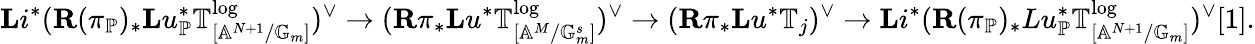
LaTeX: \mathbf{L}i^{*}(\mathbf{R}(\pi_{\mathbb{P}})_{*}\mathbf{L}u_{\mathbb{P}}^{*}\mathbb{T}_{[\mathbb{A}^{N+1}/\mathbb{G}_{m}]}^{\log})^{\vee}\rightarrow(\mathbf{R}\pi_{*}\mathbf{L}u^{*}\mathbb{T}_{[\mathbb{A}^{M}/\mathbb{G}_{m}^{s}]}^{\log})^{\vee}\rightarrow(\mathbf{R}\pi_{*}\mathbf{L}u^{*}\mathbb{T}_{j})^{\vee}\rightarrow\mathbf{L}i^{*}(\mathbf{R}(\pi_{\mathbb{P}})_{*}Lu_{\mathbb{P}}^{*}\mathbb{T}_{[\mathbb{A}^{N+1}/\mathbb{G}_{m}]}^{\log})^{\vee}[1].